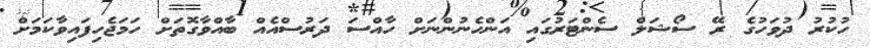
ހުކުރު ދުވަހުގެ ރޭ ސޯޝަލް ސެންޓަރުގައި އަންހެނުންނަށް ހާއްސަ ދަރުސްއެއް ބާއްވާގޮތަށް ހަމަޖެހިފައިވާކަމަށް